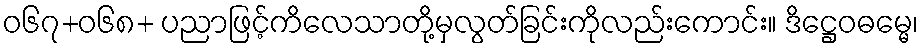
ဝ၆၇+၀၆၈+ ပညာဖြင့်ကိလေသာတို့မှလွတ်ခြင်းကိုလည်းကောင်း။ ဒိဋ္ဌေဝဓမ္မေ၊